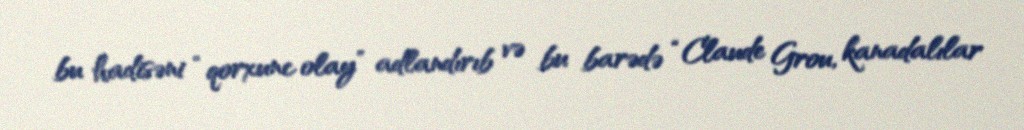
bu hadisəni “qorxunc olay” adlandırıb və bu barədə “Claude Grou, kanadalılar